Report on vaccination in Madras 1922-1929 - 1922-1929
Year: 1922
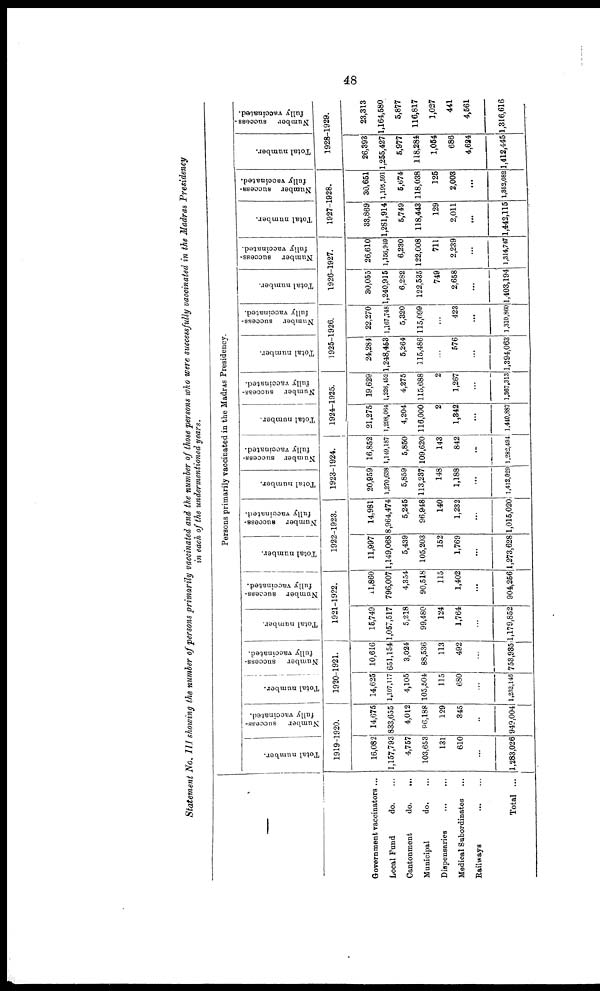
48
Statement No. III showing the number of persons primarily vaccinated and the number of those persons who were successfully vaccinated in the Madras Presidency
in each of the undermentioned years.
—
Government vaccinators ...
Local Fund
do. ...
Cantonment
do.
...
Municipal
do. ...
Dispensaries
...
...
Medical Subordinates ...
Railways
...
...
Total ...
Persons primarily vaccinated in the Madras Presidency.
Total number.
Number
success-
fully vaccinated.
1919-1920.
16,082
1,157,793
4,757
103,653
131
610
...
1,283,026
14,675
833,655
4,012
96,188
129
345
...
949,004
Total number.
Number
success-
fully vaccinated.
1920-1921.
14,625
1,107,117
4,105
105,504
115
680
...
1,232,146
10,616
651,154
3,024
88,536
113
492
...
753,985
Total number.
Number success-
fully vaccinated.
1921-1922.
15,749
1,057,517
5,218
99,480
124
1,764
...
1,179,852
11,860
796,007
4,354
90,518
115
1,402
...
904,256
Total number.
Number success-
fully vaccinated.
1922-1923.
11,997
1,149,068
5,439
105,203
152
1,769
...
1,273,628
14,981
8,964,474
5,245
96,948
140
1,232
...
1,015,020
Total number.
Number success-
fully vaccinated.
1923-1924.
20,959
1,270,638
5,859
113,237
148
1,188
...
1,412,029
16,852
1,149,187
5,850
109,620
143
842
...
1,282,494
Total number.
Number success-
fully vaccinated.
1924-1925.
21,275
1,298,064
4,204
116,000
2
1,342
...
1,440,887
19,629
1,226,452
4,275
115,688
2
1,267
...
1,867,313
Total number.
Number success-
fully vaccinated.
1925-1926.
24,284
1,248,453
5,264
115,486
...
576
...
1,394,063
22,270
1,167,748
5,320
115,099
...
423
...
1,310,860
Total number.
Number success-
fully vaccinated.
1926-1927.
30,055
1,240,915
6,282
122,535
749
2,658
...
1,403,194
26,610
1,156,949
6,230
122,008
711
2,239
...
1,314,747
Total number.
Number success-
fully vaccinated.
1927-1928.
33,869
1,281,914
5,749
118,443
129
2,011
...
1,442,115
30,651
1,195,591
5,674
118,038
125
2,003
...
1,852,082
Total number.
Number success-
fully vaccinated.
1928-1929.
26,393
1,255,427
5,977
118,284
1,054
686
4,624
1,412,445
23,313
1,164,580
5,877
116,817
1,027
441
4,561
1,316,616